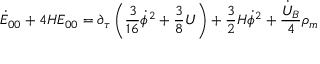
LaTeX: \dot { E } _ { 0 0 } + 4 H E _ { 0 0 } = \partial _ { \tau } \left( \frac { 3 } { 1 6 } \dot { \phi } ^ { 2 } + \frac { 3 } { 8 } U \right) + \frac { 3 } { 2 } H \dot { \phi } ^ { 2 } + \frac { \dot { U } _ { B } } { 4 } \rho _ { m }